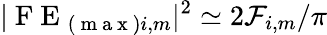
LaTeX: |\mathrm{~F~E~}_{(\mathrm{~m~a~x~})i,m}|^{2}\simeq 2\mathcal{F}_{i,m}/{\pi}